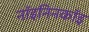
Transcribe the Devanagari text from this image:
नॉइनिनकॉइ